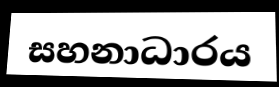
සහනාධාරය